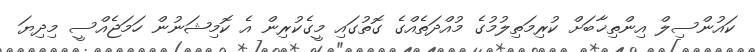
ކައުންސިލް އިންތިޚާބަށް ކުރިމަތިލުމުގެ މުއްދަތެއްގެ ގޮތުގައި މީގެކުރިން އެ ކޮމިޝަނުން ހަމަޖެއްސީ މިދިޔަ